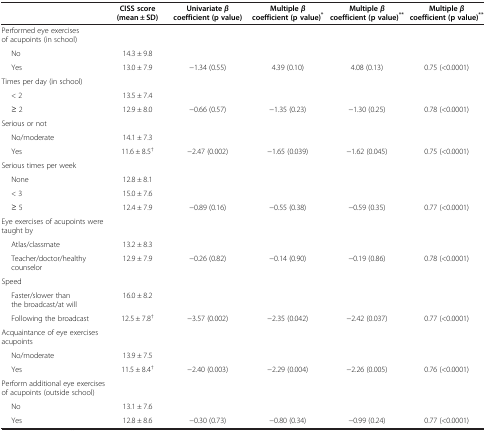
<table><thead><tr><td><b> </b></td><td><b>CISS score (mean ± SD)</b></td><td><b>Univariate <i>β </i>coefficient (p value)</b></td><td><b>Multiple <i>β </i>coefficient (p value)<sup>*</sup></b></td><td><b>Multiple <i>β </i>coefficient (p value)<sup>**</sup></b></td><td><b>Multiple <i>β </i>coefficient (p value)<sup>**</sup></b></td></tr></thead><tbody><tr><td>Performed eye exercises of acupoints (in school)</td><td> </td><td> </td><td> </td><td> </td><td> </td></tr><tr><td>No</td><td>14.3 ± 9.8</td><td> </td><td> </td><td> </td><td> </td></tr><tr><td>Yes</td><td>13.0 ± 7.9</td><td>-1.34 (0.55)</td><td>4.39 (0.10)</td><td>4.08 (0.13)</td><td>0.75 (&lt;0.0001)</td></tr><tr><td>Times per day (in school)</td><td> </td><td> </td><td> </td><td> </td><td> </td></tr><tr><td>&lt; 2</td><td>13.5 ± 7.4</td><td> </td><td> </td><td> </td><td> </td></tr><tr><td>≥ 2</td><td>12.9 ± 8.0</td><td>-0.66 (0.57)</td><td>-1.35 (0.23)</td><td>-1.30 (0.25)</td><td>0.78 (&lt;0.0001)</td></tr><tr><td>Serious or not</td><td> </td><td> </td><td> </td><td> </td><td> </td></tr><tr><td>No/moderate</td><td>14.1 ± 7.3</td><td> </td><td> </td><td> </td><td> </td></tr><tr><td>Yes</td><td>11.6 ± 8.5<sup>†</sup></td><td>-2.47 (0.002)</td><td>-1.65 (0.039)</td><td>-1.62 (0.045)</td><td>0.75 (&lt;0.0001)</td></tr><tr><td>Serious times per week</td><td> </td><td> </td><td> </td><td> </td><td> </td></tr><tr><td>None</td><td>12.8 ± 8.1</td><td> </td><td> </td><td> </td><td> </td></tr><tr><td>&lt; 3</td><td>15.0 ± 7.6</td><td> </td><td> </td><td> </td><td> </td></tr><tr><td>≥ 5</td><td>12.4 ± 7.9</td><td>-0.89 (0.16)</td><td>-0.55 (0.38)</td><td>-0.59 (0.35)</td><td>0.77 (&lt;0.0001)</td></tr><tr><td>Eye exercises of acupoints were taught by</td><td> </td><td> </td><td> </td><td> </td><td> </td></tr><tr><td>Atlas/classmate</td><td>13.2 ± 8.3</td><td> </td><td> </td><td> </td><td> </td></tr><tr><td>Teacher/doctor/healthy counselor</td><td>12.9 ± 7.9</td><td>-0.26 (0.82)</td><td>-0.14 (0.90)</td><td>-0.19 (0.86)</td><td>0.78 (&lt;0.0001)</td></tr><tr><td>Speed</td><td> </td><td> </td><td> </td><td> </td><td> </td></tr><tr><td>Faster/slower than the broadcast/at will</td><td>16.0 ± 8.2</td><td> </td><td> </td><td> </td><td> </td></tr><tr><td>Following the broadcast</td><td>12.5 ± 7.8<sup>†</sup></td><td>-3.57 (0.002)</td><td>-2.35 (0.042)</td><td>-2.42 (0.037)</td><td>0.77 (&lt;0.0001)</td></tr><tr><td>Acquaintance of eye exercises acupoints</td><td> </td><td> </td><td> </td><td> </td><td> </td></tr><tr><td>No/moderate</td><td>13.9 ± 7.5</td><td> </td><td> </td><td> </td><td> </td></tr><tr><td>Yes</td><td>11.5 ± 8.4<sup>†</sup></td><td>-2.40 (0.003)</td><td>-2.29 (0.004)</td><td>-2.26 (0.005)</td><td>0.76 (&lt;0.0001)</td></tr><tr><td>Perform additional eye exercises of acupoints (outside school)</td><td> </td><td> </td><td> </td><td> </td><td> </td></tr><tr><td>No</td><td>13.1 ± 7.6</td><td> </td><td> </td><td> </td><td> </td></tr><tr><td>Yes</td><td>12.8 ± 8.6</td><td>-0.30 (0.73)</td><td>-0.80 (0.34)</td><td>-0.99 (0.24)</td><td>0.77 (&lt;0.0001)</td></tr></tbody></table>